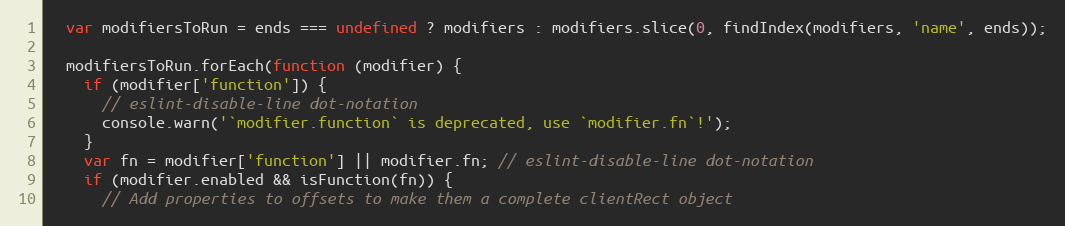
Language: JavaScript
  var modifiersToRun = ends === undefined ? modifiers : modifiers.slice(0, findIndex(modifiers, 'name', ends));

  modifiersToRun.forEach(function (modifier) {
    if (modifier['function']) {
      // eslint-disable-line dot-notation
      console.warn('`modifier.function` is deprecated, use `modifier.fn`!');
    }
    var fn = modifier['function'] || modifier.fn; // eslint-disable-line dot-notation
    if (modifier.enabled && isFunction(fn)) {
      // Add properties to offsets to make them a complete clientRect object